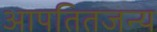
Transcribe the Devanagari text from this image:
आपतितजन्य